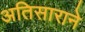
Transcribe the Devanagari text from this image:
अतिसाराने